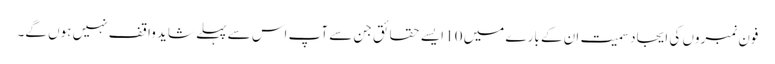
فون نمبروں کی ایجاد سمیت ان کے بارے میں 10 ایسے حقائق جن سے آپ اس سے پہلے شاید واقف نہیں ہوں گے۔